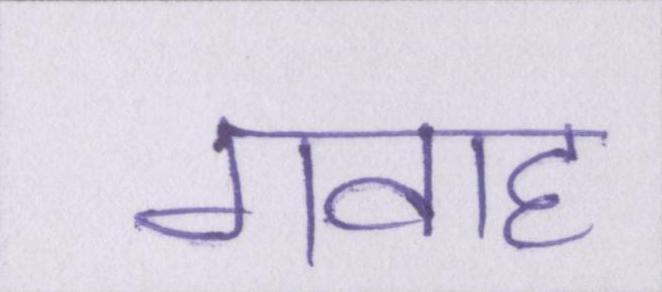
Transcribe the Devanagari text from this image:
गवाह